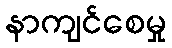
နာကျင်စေမှု